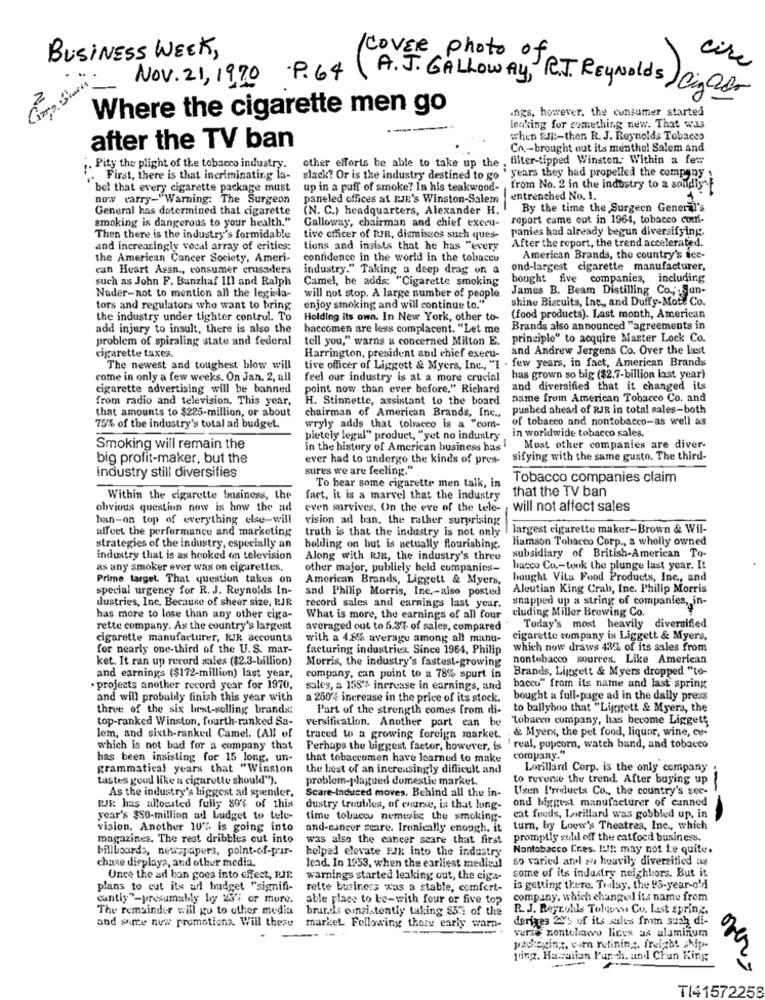
BUSINESS WEEK,
/COVER photo of
cire
Corp. Stais .
Nov. 21, 1970 P.64
(A.J. GALLOWAY, R.J. Reynolds) Cinaor
Where the cigarette men go
ings, however, the consumer started
lenking for something new. That was
when em :- then R. J. Reynolds Tobaces
after the TV ban
Cn .- brought out its menthol Salem and
other efforts be able to take up the , filter-tipped Winston: Within a few
". Pity the plight of the tobacco industry.
slack? Or is the industry destined to go ' years they had propelled the company
. First, there is that incriminating la-
. bel that every cigarette package must
up in a puff of smoke? In his teakwood- from No. 2 in the industry to a sondiy".
now carry-"Warning: The Surgeon
paneled offices at PJE's Winston-Salem
entrenched No. 1.
General has determined that cigarette
(N. C.) headquarters, Alexander H.
By the time the Surgeen General's
smoking is dangerous to your health."
Galloway, chairman and chief execu-
report came out in 1964, tobacco com-
panies had already begun diversifying.
Then there is the industry's formidable
tive officer of RIR, dismisses such ques-
and increasingly vocal array of critics:
tions and insists that he has "every
After the report, the trend accelerated.
the American Cancer Society, Ameri-
confidence in the world in the tobacco
American Brands, the country's ice-
can Heart Assn ., consumer crusaders
industry." Taking a deep drag on a
ond-largest cigarette manufacturer,
such as John F. Bunzhaf 111 and Ralph
Camel, he adds: "Cigarette smoking
bought five companies, including
Nader-not to mention all the legisla-
will not stop. A large number of people
James B. Beam Distilling Co ., Sun-
shine Biscuits, Inc ., and Duffy-Mote Co.
tors and regulators who want to bring
enjoy smoking and will continue to."
the industry under tighter control. To
Holding its own. In New York, other to-
(food products). Last month, American
add injury to insult, there is also the
baccomen are less complacent. "Let me
Brands also announced "agreements in
problem of spiraling state and federal
tell you," warns a concerned Milton E.
principle" to acquire Master Lock Co.
and Andrew Jergens Co. Over the last
cigarette taxes.
Harrington, president and chief execu-
tive officer of Liggett & Myers, Inc ., "I . few years, in fact, American Brands
The newest and toughest blow will
come in only a few weeks. On Jan. 2, all
feel our industry is at a more crucial has grown so big ($2.7-billion last year)
cigarette advertising will be banned
point now than ever before." Richard
and diversified that it changed its
from radio and television. This year,
H. Stinnette, assistant to the board
name from American Tobacco Co. and
that amounts to $225-million, or about
pushed ahead of RJR in total sales-both
chairman of American Brands, Inc .,
of tobacco and nontobacco-as well as
75% of the industry's total ad budget.
wryly adds that tobacco is a "com-
pletely legal" product, "yet no industry
in worldwide tobacco sales.
Smoking will remain the
in the history of American business has
Most other companies are diver-
big profit-maker, but the
ever had to undergo the kinds of pres-
sifying with the same gusto, The third-
sures we are feeling."
industry still diversifies
Tobacco companies claim
To hear some cigarette men talk, in
that the TV ban
Within the cigarette business, the
fact, it is a marvel that the industry
obvious question now is how the ad
even survives. On the eve of the tele-
will not affect sales
han-on top of everything else-will
vision ad han, the rather surprising
affect the performance and marketing
truth is that the industry is not only
largest cigarette maker-Brown & Wil-
liamson Tobacco Corp ., a wholly owned
strategies of the industry, especially an
holding on but is actually flourishing.
industry that is as hooked on television
Along with RJE, the industry's three
subsidiary of British-American To-
as any smoker ever was on cigarettes.
other major, publicly held companies-
haceo Co .- took the plunge last year. It
Prime target. That question takes on
American Brands, Liggett & Myers,
bought Vita Food Products, Inc ., and
special urgency for R. J. Reynolds In-
and Philip Morris, Inc .- also posted
Aleutian King Crab, Inc. Philip Morris
dustries, Inc. Because of sheer size, RJR
snapped up a string of companies, in-
record sales and earnings last year.
has more to lose than any other eiga-
What is more, the earnings of all four
cluding Millor Brewing Co.
rette company. As the country's largest
averaged out to 5.3% of sales, compared
Today's most heavily diversified
cigarette manufacturer, RIR accounts
with a 4.8% average among all manu-
cigarette company is Liggett & Myers,
for nearly one-third of the U.S. mar-
facturing industries. Since 1964, Philip which now draws 43% of its sales from
ket. It ran up record zales ($2.3-billion)
nontobacco sourcex. Like American
Morris, the industry's fastest-growing
Brands, Liggett & Myers dropped "to-
and earnings ($172-million) last year,
company, can point to a 78% spurt in
. projects another record year for 1970,
sales, a 158% increase in earnings, and
baceu" from its name and last spring
and will probably finish this year with
a 250% increase in the price of its stock.
bought a full-page ad in the daily press
three of the six best-selling brands:
Part of the strength comes from di- to ballyhoo that "Liggett & Myera, the
top-ranked Winston, fourth-ranked Sa-
versification. Another part can be "tobarco company, has become Liggett
traced to a growing foreign market. & Myers, the pet food, liquor, wine, ce-
lem, and sixth-ranked Camel. (All of
which is not bad for a company that
Perhaps the biggest factor, however, is ' real, popcorn, watch band, and tobacco
has been insisting for 15 long, un-
that tobaccomen have learned to make company."
grammatical years that "Winston
the best of an increasingly difficult and
Lorillard Corp. is the only company
tastes goud like a cigarette should").
problem-plagued domestic market.
to reverse the trend. After buying up
As the industry's biggest ad spender.
Scare-Induced moves. Behind all the in-
Usun Products Co ., the country's see-
ond biggest manufacturer of canned
PJR has allocated fully 80% of this
dustry troubles, of enurse, is that long-
year's $SO-million ad budget to tele-
time tobacco nemwie the smoking-
eat feeds, Lorillard was gobbled up, in
vision. Another 10% is going into
and-caneer seare. Ironically enough, it turn, by Loow's Theatrea, Inc ., which
magazines. The rest dribbles cut into
was also the cancer scare that first promptly sulil off the catfood business.
billboards, newspapers, point-of-pur-
helped elevate P.JK into the industry Nontobacco Cres. If: may not Le quite.
lead. In 1953, when the earliest medien) so varied and a heavily diversified us
chase dieplaya, and other media.
warnings started leaking out, the ciga- some of its industry neighbors. But it
"Once the ad hon goes into effect, RJE.
plans to cut its ad hudget "signifi-
rette business was a stable, comfort- is getting there. Trolay, the 95-year-old
cantiy"-presumably by 25% or mure.
able place to be-with four or five top company, which changed its name from
The remainder will go to other media
bruns omsistently taking 855 of the
R. J. Reyrolls Tolows Co. Last spring.
and warte new promotions. Will these
deriges 2Y's uf its salus from suah di-
market. Following thory early warn-
verse zontehace lines ax aluminum
packaging, er rutining. freight ship-
Ning. Hawaiian Purch, and Chun King
TI4157225